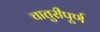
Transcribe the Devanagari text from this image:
चातुरीपूर्ण